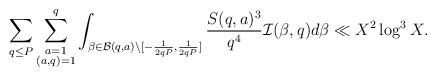
LaTeX: \begin{align*}\sum_{q\le P}\sum_{\substack{a=1\\ (a,q)=1}}^q\int_{\beta\in\mathcal{B}(q,a)\setminus[-\frac{1}{2qP},\frac{1}{2qP}]}\frac{S(q,a)^3}{q^4}\mathcal{I}(\beta,q)d\beta\ll X^2\log^3X.\end{align*}